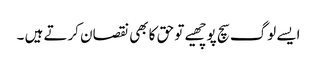
ایسے لوگ سچ پوچھیے تو حق کا بھی نقصان کرتے ہیں ۔